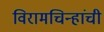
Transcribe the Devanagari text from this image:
विरामचिन्हांची